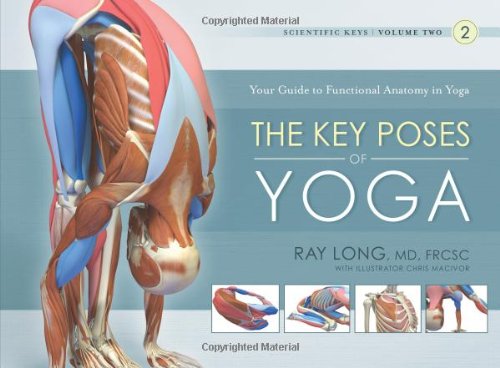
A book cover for The Key Poses of Yoga: Scientific Keys, Volume II; Ray Long; Science & Math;